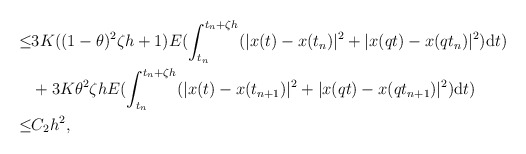
\begin{align*} \leq&3K((1-\theta)^2\zeta h+1)E(\int_{t_n}^{t_n+\zeta h}(|x(t)-x(t_n)|^2+|x(qt)-x(qt_n)|^2){\rm d}t)\\&+3K\theta^2\zeta hE(\int_{t_n}^{t_n+\zeta h}(|x(t)-x(t_{n+1})|^2+|x(qt)-x(qt_{n+1})|^2){\rm d}t)\\\leq&C_2h^2,\end{align*}